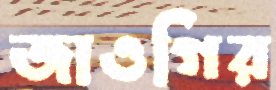
জাওগির